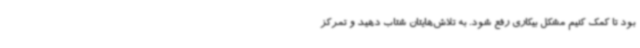
بود تا کمک کنیم مشکل بیکاری رفع شود. به تلاش‌هایتان شتاب دهید و تمرکز